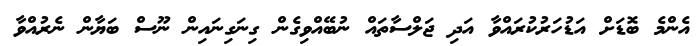
އެންމެ ބޮޑަށް އަޑުހަރުކުރައްވާ އަދި ޖަލްސާތައް ނުބޭއްވިގެން ގިނަގިނައިން ނޫސް ބަޔާން ނެރުއްވާ